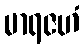
မာရဇဟံ